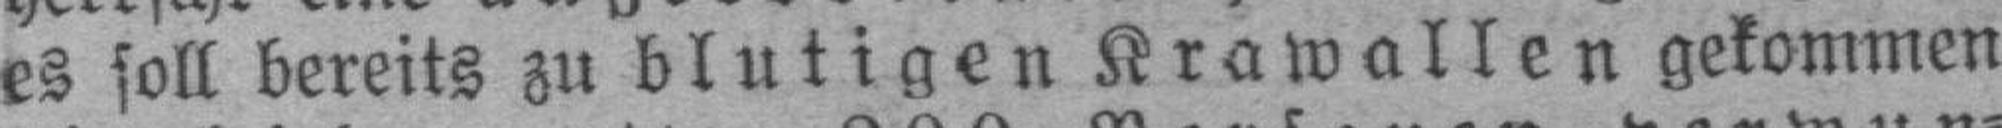
es soll bereits zu blutigen Krawallen gekommen